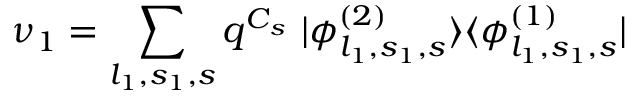
\nu _ { 1 } = \sum _ { l _ { 1 } , s _ { 1 } , s } q ^ { C _ { s } } ~ | \phi _ { l _ { 1 } , s _ { 1 } , s } ^ { ( 2 ) } \rangle \langle \phi _ { l _ { 1 } , s _ { 1 } , s } ^ { ( 1 ) } |